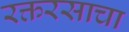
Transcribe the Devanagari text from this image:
रक्तरसाचा